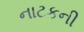
નાટકની